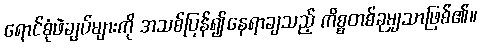
ရောင်စုံဖဲချပ်များကို အသစ်ပြန်၍နေရာချသည့် ကိစ္စတစ်ခုမျှသာဖြစ်၏။